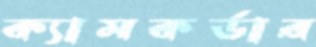
ক্যামকর্ডার